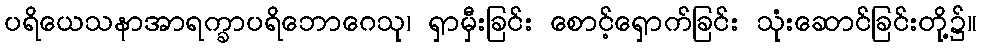
ပရိယေသနာအာရက္ခာပရိဘောဂေသု၊ ရှာမှီးခြင်း စောင့်ရှောက်ခြင်း သုံးဆောင်ခြင်းတို့၌။